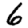
Digit: 6